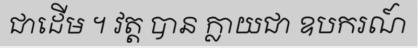
ជាដើម ។ វត្ត បាន ក្លាយជា ឧបករណ៍